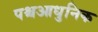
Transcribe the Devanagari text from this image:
पश्चआधुनिक